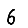
Digit: 6